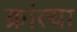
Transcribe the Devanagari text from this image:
क्रांत्या